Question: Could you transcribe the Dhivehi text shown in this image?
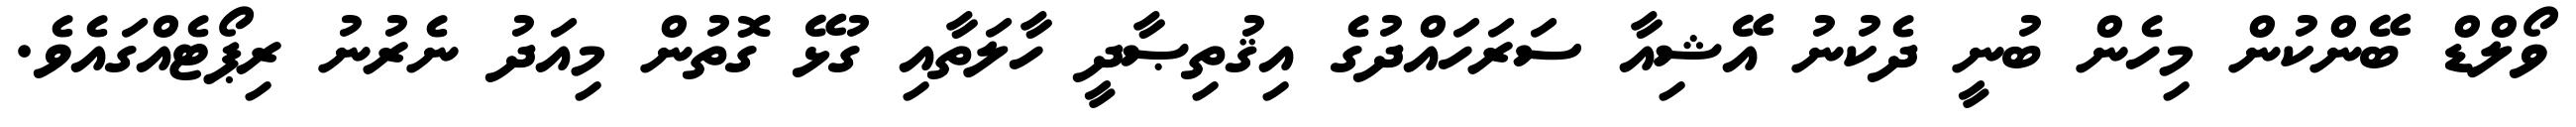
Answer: ވޯލްޑް ބޭންކުން މިހެން ބުނީ ދެކުނު އޭޝިއާ ސަރަހައްދުގެ އިޤުތިޞާދީ ހާލަތާއި ގުޅޭ ގޮތުން މިއަދު ނެރުނު ރިޕޯޓެއްގައެވެ.